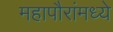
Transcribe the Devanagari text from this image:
महापौरांमध्ये